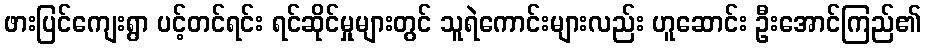
ဖားပြင်ကျေးရွာ ပင့်တင်ရင်း ရင်ဆိုင်မှုများတွင် သူရဲကောင်းများလည်း ဟူဆောင်း ဦးအောင်ကြည်၏